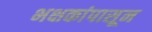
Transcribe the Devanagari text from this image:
भक्षकांपासून